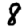
Digit: 8